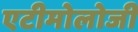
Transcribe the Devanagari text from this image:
एटीमोलोजी